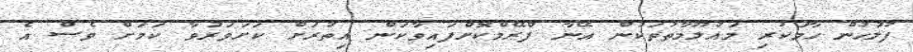
ފުލުހުން ހާމަކުރި މައުލޫމާތުތަކުން އޭނާ ފްރޭމްކޮށްފައިވާކަން އިތުރަށް ކަށަވަރުވާ ކަމަށް ވެސް އެ